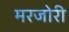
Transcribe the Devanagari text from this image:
मरजोरी